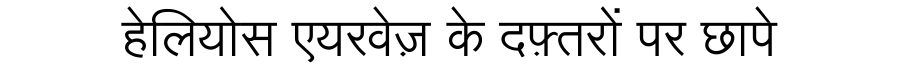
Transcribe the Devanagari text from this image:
हेलियोस एयरवेज़ के दफ़्तरों पर छापे